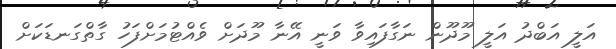
އަލީ އަބްދު އަލީ މޫދޫން ނަގާފައިވާ ވަނީ އޭނާ މޫދަށް ވެއްޓުމަށްފަހު ގާތްގަނޑަކަށް